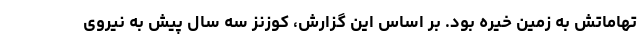
تهاماتش به زمین خیره بود. بر اساس این گزارش، کوزنز سه سال پیش به نیروی